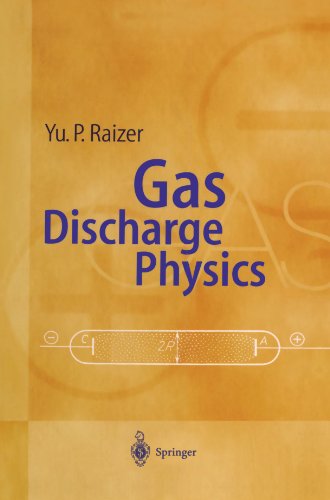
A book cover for Gas Discharge Physics; Yuri P. Raizer; Science & Math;